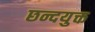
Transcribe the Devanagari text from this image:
छन्दयुक्त